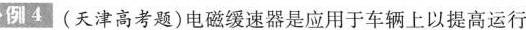
例4 (天津高考题)电磁缓速器是应用于车辆上以提高运行